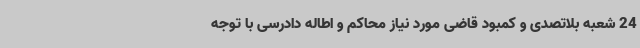
24 شعبه بلاتصدی و کمبود قاضی مورد نیاز محاکم و اطاله دادرسی با توجه